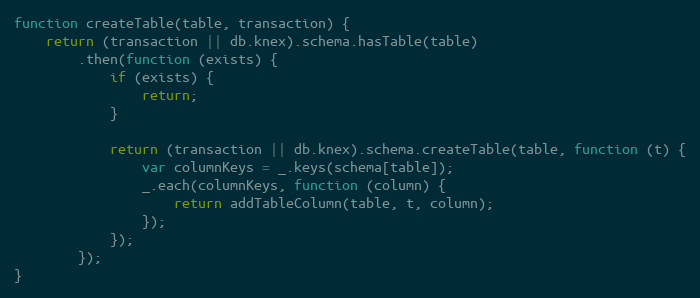
Language: JavaScript
function createTable(table, transaction) {
    return (transaction || db.knex).schema.hasTable(table)
        .then(function (exists) {
            if (exists) {
                return;
            }

            return (transaction || db.knex).schema.createTable(table, function (t) {
                var columnKeys = _.keys(schema[table]);
                _.each(columnKeys, function (column) {
                    return addTableColumn(table, t, column);
                });
            });
        });
}